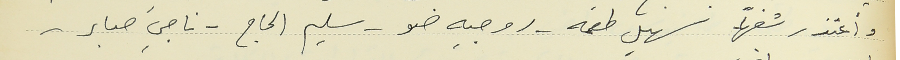
واعتذر شفهيًا سهيل طعمه - روجيه ضو – سليم الحاج – ناجي صابر -